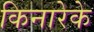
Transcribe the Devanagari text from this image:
किनारेके